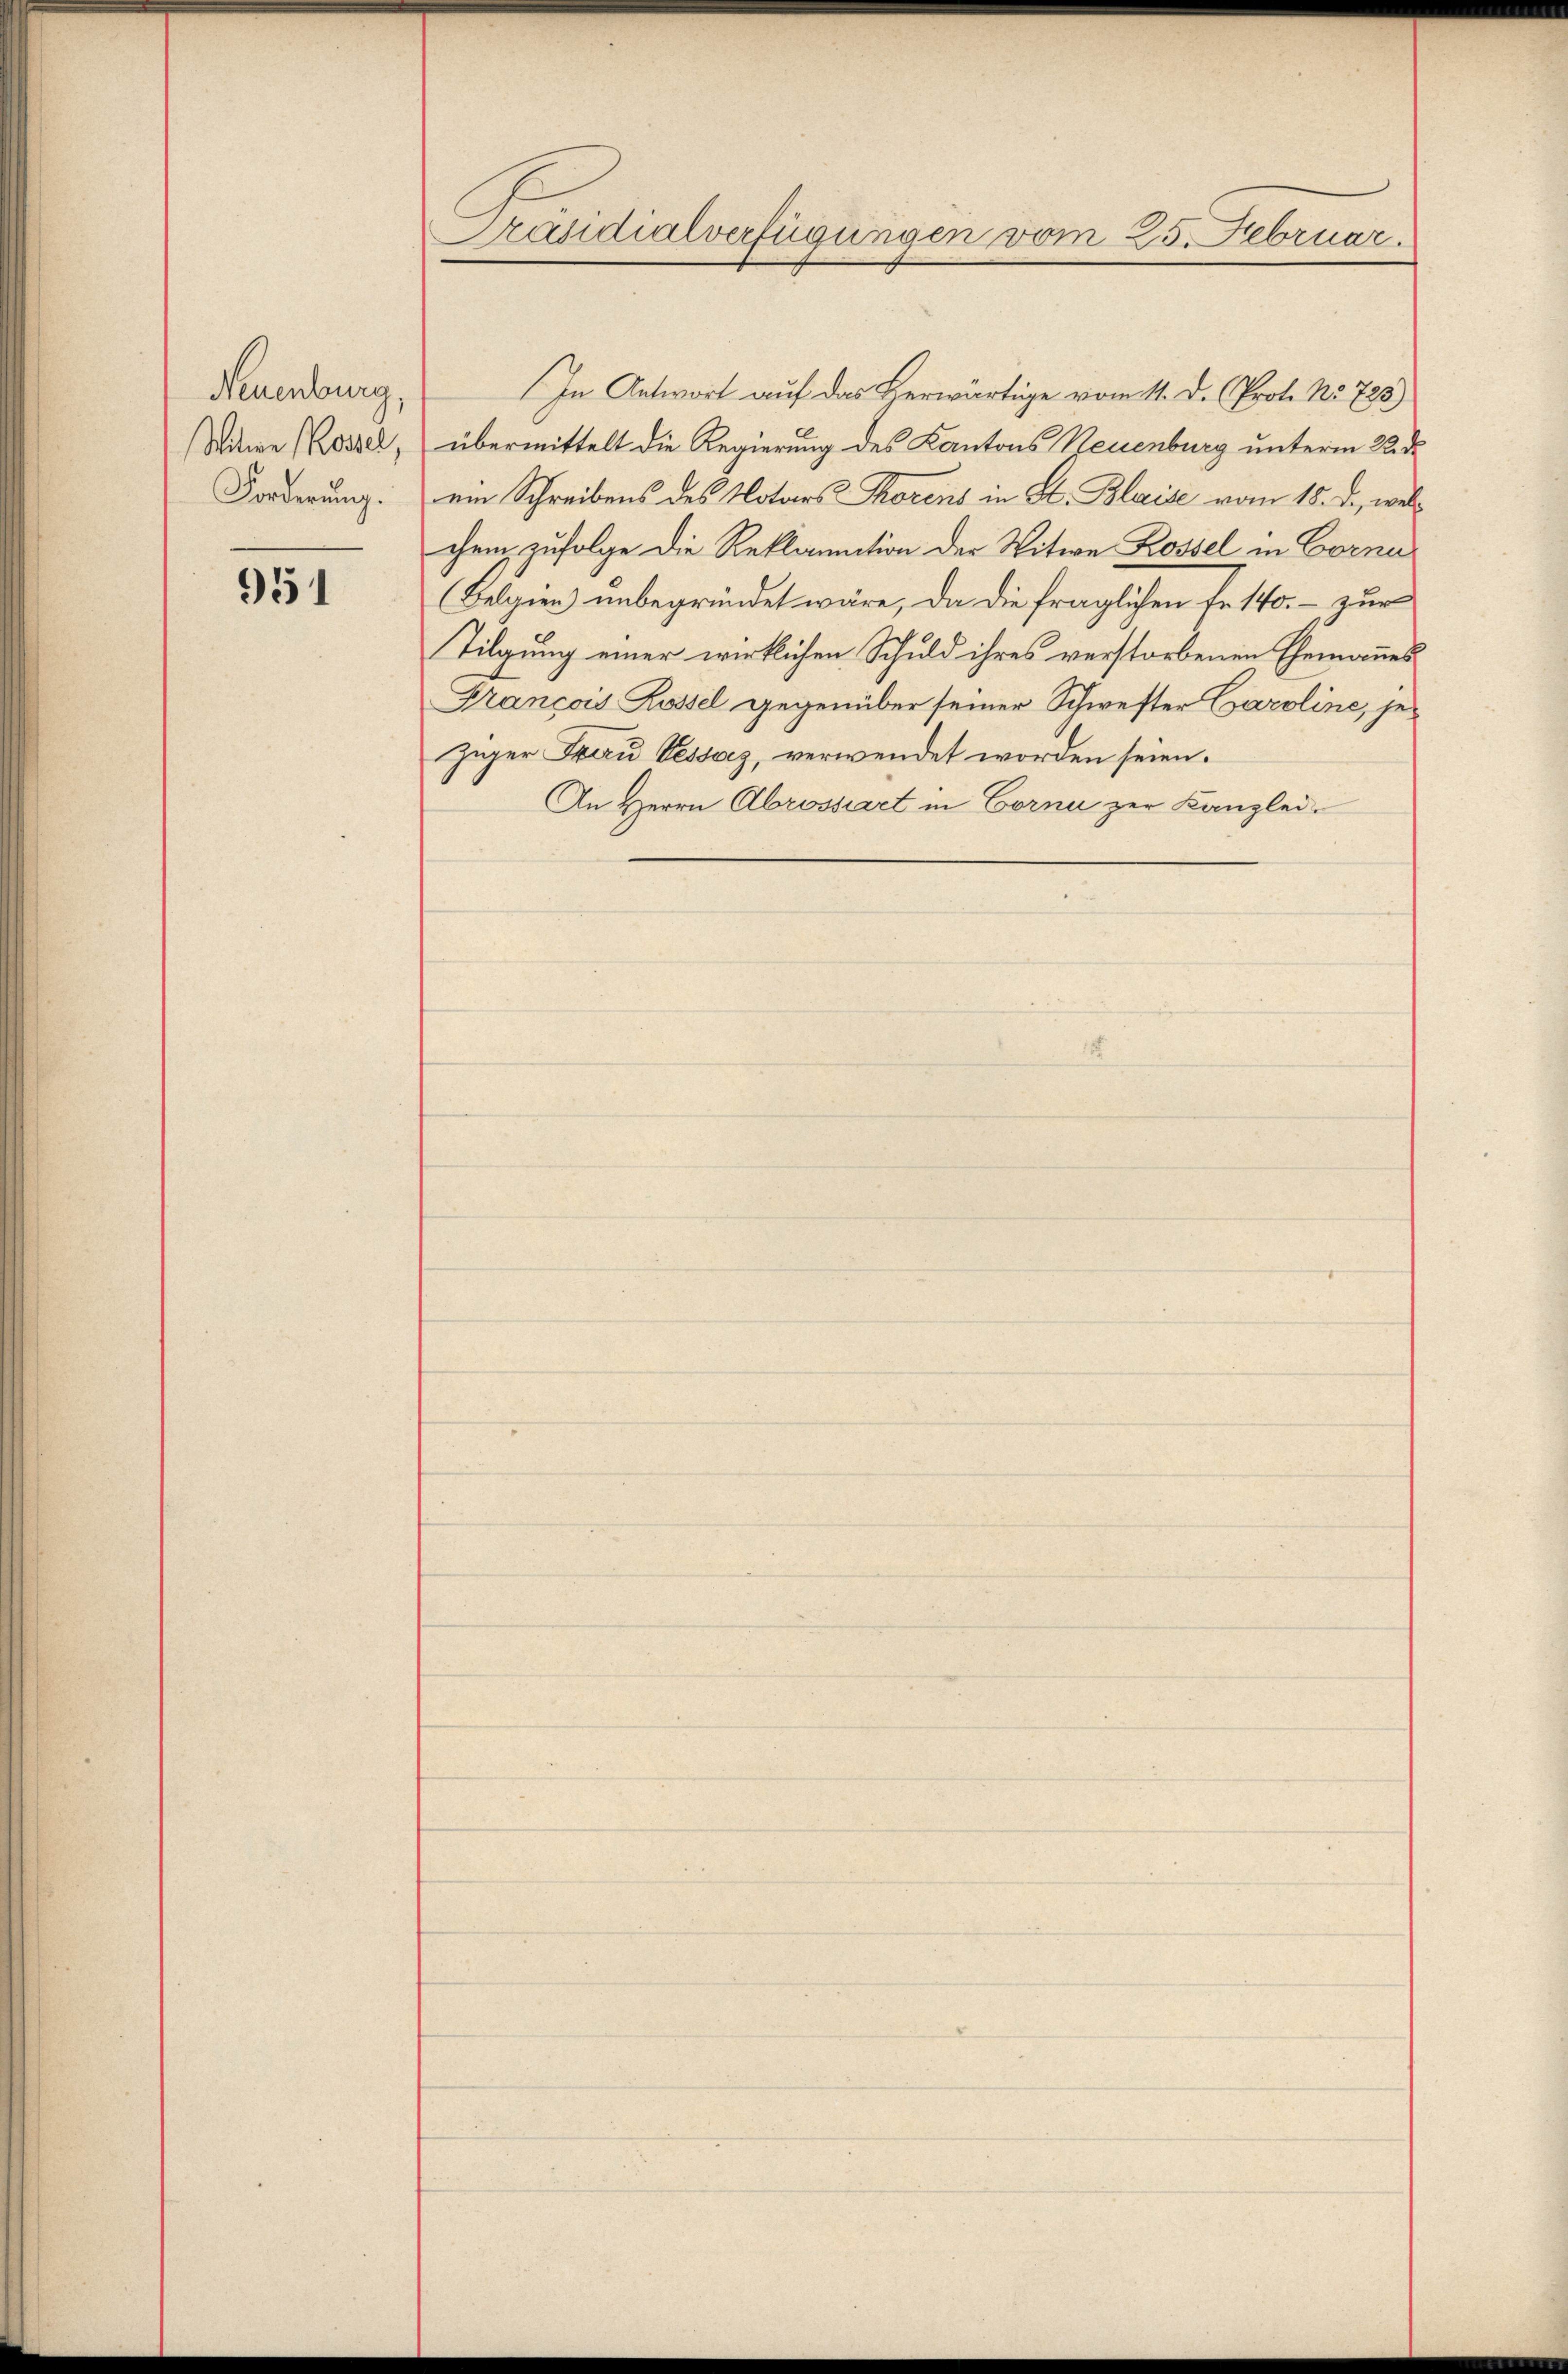
Neuenburg,
Witwe Rossel,
Forderung.

951

Präsidialverfügungen vom 25. Februar.

In Antwort auf das Herwärtige vom 11. d. (Prot. No 725)
übermittelt die Regierung des Kantons Neuenburg unterm 22. d.
ein Schreibens des Notars Thorens in St. Blaise vom 18. d., welchem zufolge die Reklamation der Witwe Rossel in Corne
Begien unbegründet wäre, da die fraglichen Fr. 140. - zur
Tilgung einer wirklichen Schuld ihres verstorbenen Ehemannes
Francois Rossel gegenüber seiner Schwester Caroline, jeziger Frau Vessaz, verwendet worden seien.
An Herrn Abrossart in Corni zur Kanzlei-